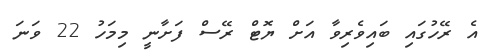
އެ ރޭހުގައި ބައިވެރިވާ އަށް ޔޮޓް ރޭސް ފަށާނީ މިމަހު 22 ވަނަ